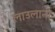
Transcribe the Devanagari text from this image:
लाउलानी